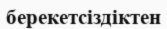
берекетсіздіктен